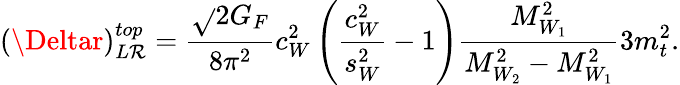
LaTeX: (\Deltar)_{L\mathcal{R}}^{top}=\frac{{\sqrt{}{{2}}G_{F}}}{{8\pi^{2}}}c_{W}^{2}\left(\frac{{c_{W}^{2}}}{{s_{W}^{2}}}-1\right)\frac{{M_{W_{1}}^{2}}}{{M_{W_{2}}^{2}-M_{W_{1}}^{2}}}3m_{t}^{2}.